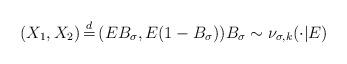
LaTeX: \begin{align*}(X_1,X_2) \,{\buildrel d \over =}\, (EB_\sigma, E(1-B_\sigma)) B_\sigma \sim \nu_{\sigma,k}(\cdot|E)\end{align*}